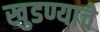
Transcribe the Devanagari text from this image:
खुडण्याचे